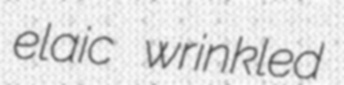
elaic wrinkled